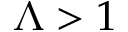
\Lambda > 1